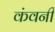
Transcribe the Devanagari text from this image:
कंवनी